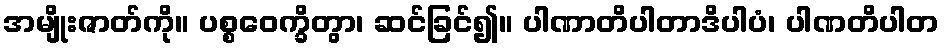
အမျိုးဇာတ်ကို။ ပစ္စဝေက္ခိတွာ၊ ဆင်ခြင်၍။ ပါဏာတိပါတာဒိပါပံ၊ ပါဏတိပါတ